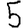
Digit: 5